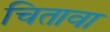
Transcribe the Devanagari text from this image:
चितावा